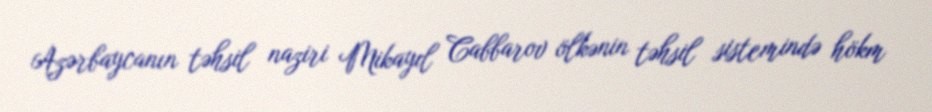
Azərbaycanın təhsil naziri Mikayıl Cabbarov ölkənin təhsil sistemində hökm